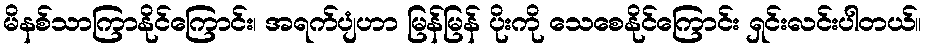
မိနစ်သာကြာနိုင်ကြောင်း၊ အရက်ပျံဟာ မြန်မြန် ပိုးကို သေစေနိုင်ကြောင်း ရှင်းလင်းပါတယ်။